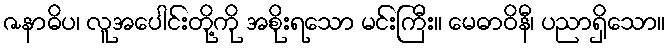
ဇနာဓိပ၊ လူအပေါင်းတို့ကို အစိုးရသော မင်းကြီး။ မေဓာဝိနီ၊ ပညာရှိသော။